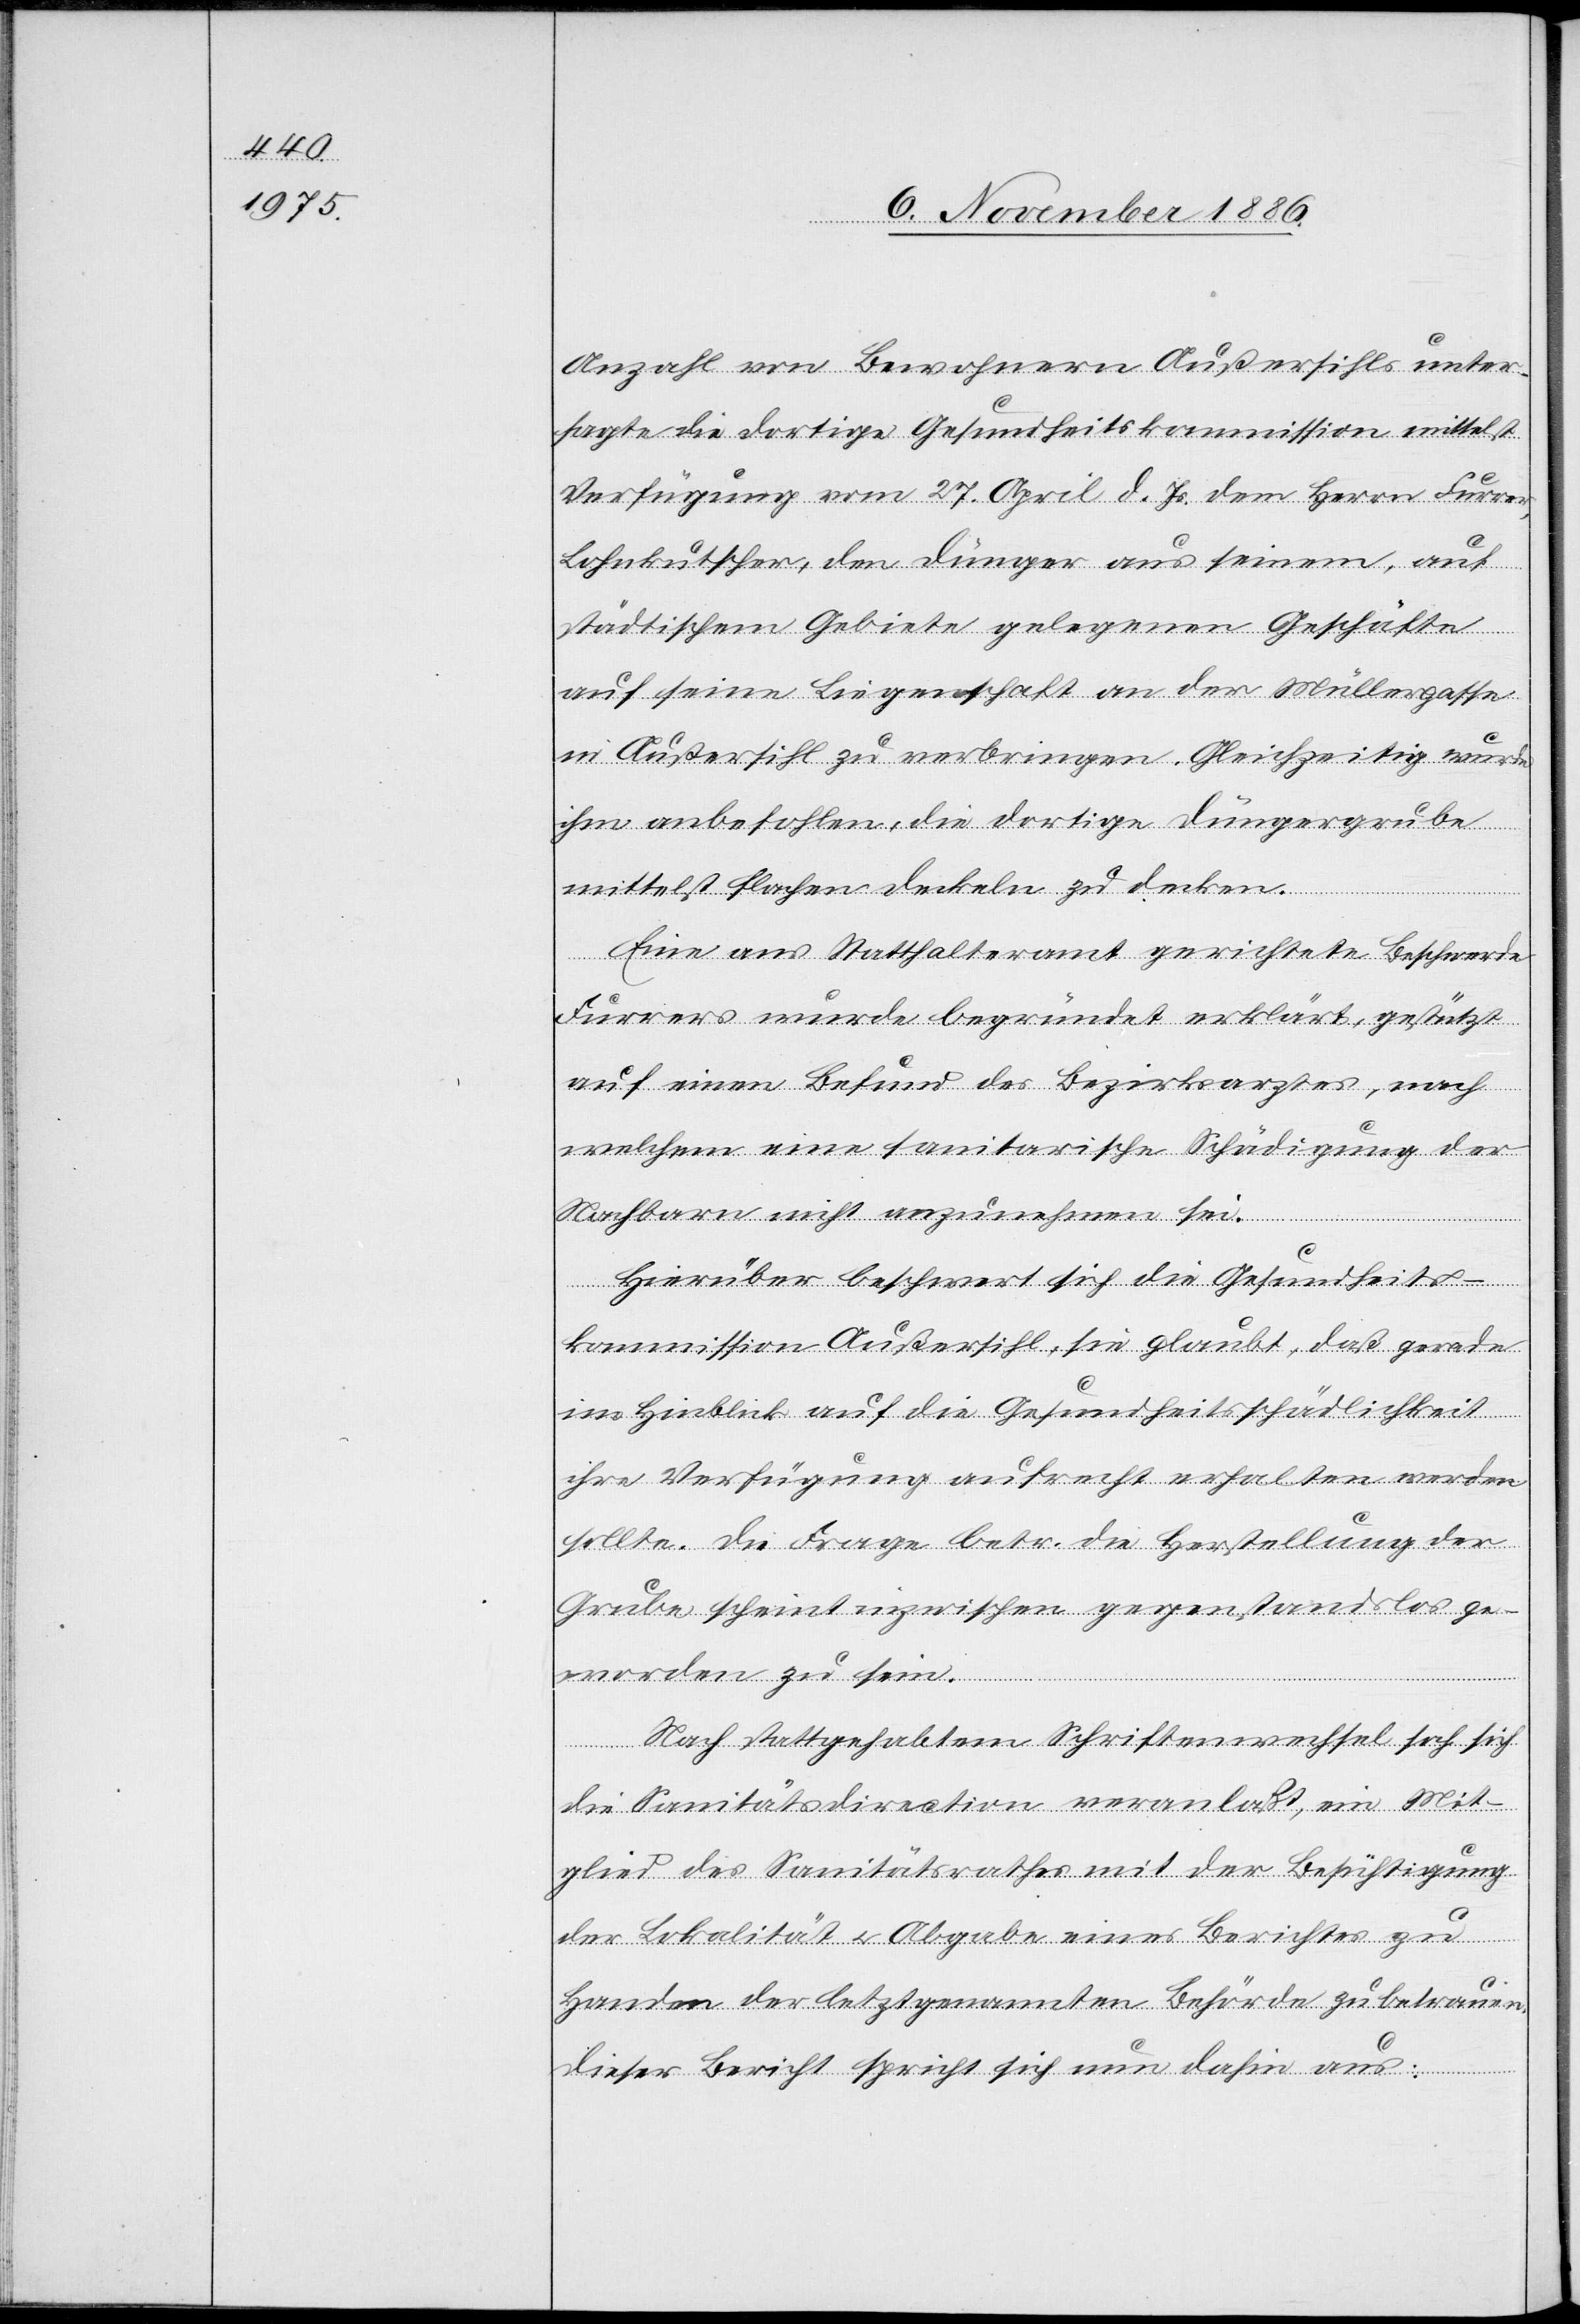
Anzahl von Bewohnern Außersihls unter¬
sagte die dortige Gesundheitskommission mittelst
Verfügung vom 27. April d. Js. dem Herrn Furrer,
Lohnkutscher, den Dünger aus seinem, auf
städtischem Gebiete gelegenen Geschäfte
auf seine Liegenschaft an der Müllergasse
in Außersihl zu verbringen. Gleichzeitig wurde
ihm anbefohlen, die dortige Düngergrube
mittelst flachen Deckeln zu decken.
Eine ans Statthalteramt gerichtete Beschwerde
Furrers wurde begründet erklärt, gestützt
auf einen Befund des Bezirksarztes, nach
welchem eine sanitarische Schädigung der
Nachbarn nicht anzunehmen sei.
Hierüber beschwert sich die Gesundheits¬
kommission Außersihl, sie glaubt, daß gerade
im Hinblick auf die Gesundheitsschädlichkeit
ihre Verfügung aufrecht erhalten werden
sollte. Die Frage betr. die Herstellung der
Grube scheint inzwischen gegenstandslos ge¬
worden zu sein.
Nach stattgehabtem Schriftenwechsel sah sich
die Sanitätsdirection veranlaßt, ein Mit¬
glied des Sanitätsrathes mit der Beschäftigung
der Lokalität & Abgabe eines Berichtes zu
Handen der letztgenannten Behörde zu betrauen.
Dieser Bericht spricht sich nun dahin aus: